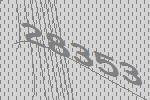
28353